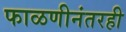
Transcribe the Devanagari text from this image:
फाळणीनंतरही